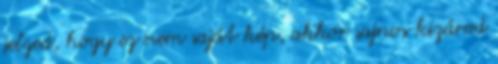
jelzed, hogy ez nem saját kép, akkor sajnos kizárod